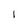
Character: 1